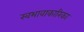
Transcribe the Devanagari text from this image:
स्वभावाकारिका